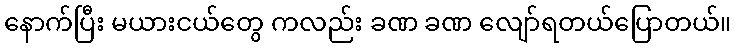
နောက်ပြီး မယားငယ်တွေ ကလည်း ခဏ ခဏ လျော်ရတယ်ပြောတယ်။